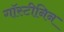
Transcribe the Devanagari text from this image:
गॉस्टीनिन